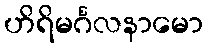
ဟိရိမင်္ဂလနာမော